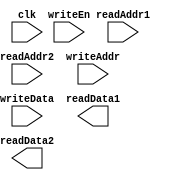
(* blackbox *)
module registerFile #(parameter BIT_WIDTH=32, parameter ADDR_WIDTH=5) //32x32 register bank of the CPU
(
	input clk,
	input writeEn, //write enable
	input [ADDR_WIDTH-1:0] readAddr1,  //2 register read capabiity
	input [ADDR_WIDTH-1:0] readAddr2,
	input [ADDR_WIDTH-1:0] writeAddr,  //write register at address
	input [BIT_WIDTH-1:0] writeData,   //write data
	output [BIT_WIDTH-1:0] readData1,  //2 read data
	output [BIT_WIDTH-1:0] readData2   
);


endmodule